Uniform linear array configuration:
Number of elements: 64
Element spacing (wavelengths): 0.5
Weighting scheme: cosine
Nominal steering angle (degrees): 15
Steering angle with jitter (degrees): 13.682
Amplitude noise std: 0.05
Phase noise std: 0.05

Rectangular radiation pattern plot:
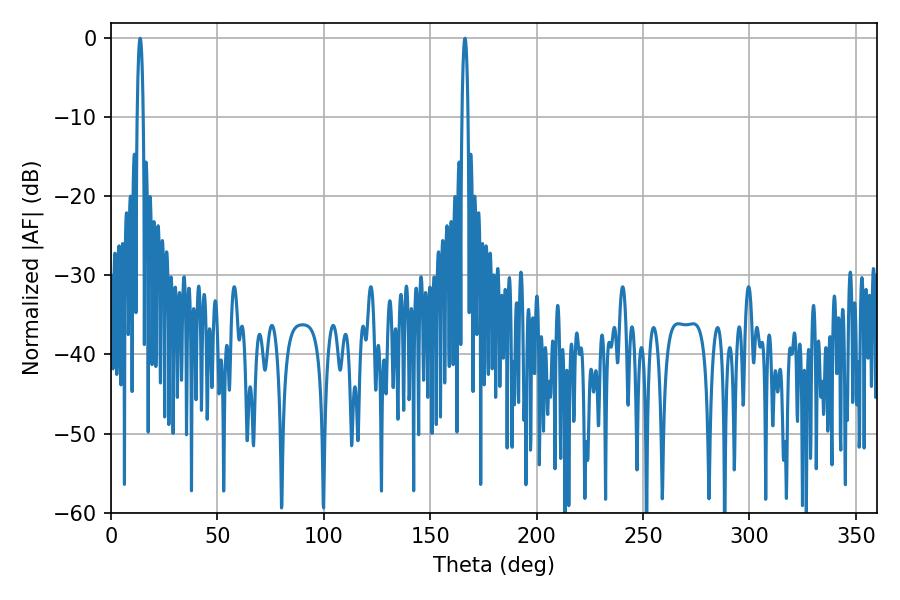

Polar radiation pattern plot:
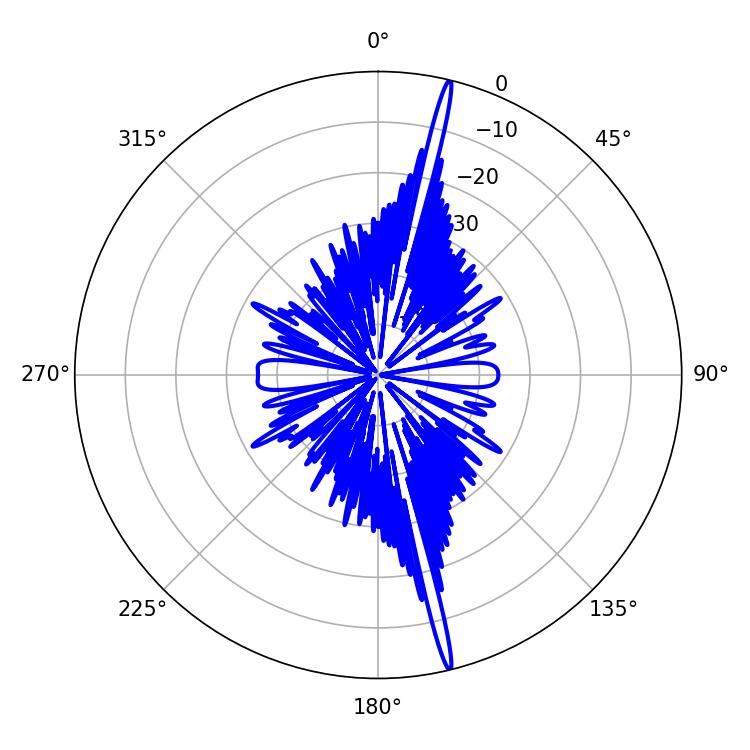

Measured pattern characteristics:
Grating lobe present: FALSE
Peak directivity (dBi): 21.159
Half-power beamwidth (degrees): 1.44
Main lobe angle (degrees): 13.68